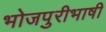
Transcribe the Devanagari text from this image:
भोजपुरीभाषी